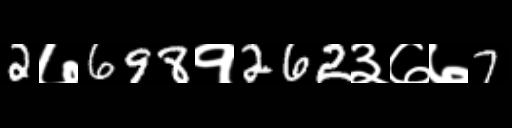
Text: 2७698१262३७७7